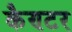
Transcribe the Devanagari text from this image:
कैण्टर